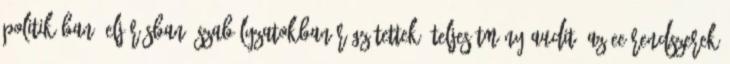
politikában, eljárásban, szabályzatokban rögzítettek. Teljesítmény audit: Az EE rendszerek